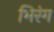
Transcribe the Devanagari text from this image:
भिरंग